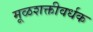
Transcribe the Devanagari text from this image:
मूळशक्तीवर्धक